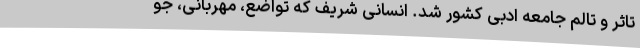
تاثر و تالم جامعه ادبی کشور شد. انسانی شریف که تواضع، مهربانی، جو